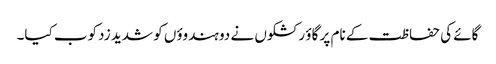
گائے کی حفاظت کے نام پر گاؤ رکشکوں نے دو ہندوؤں کو شدید زدکوب کیا۔